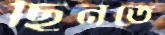
ছিনতে